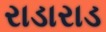
રાડારાડ